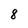
Character: 8